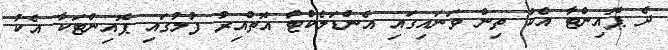
ދެ ޕޮއިންޓާ އެކު ތިން ވަނައިގައި އެންޑަލެކްޓް އޮތްއިރު ފުލުގައި ޕޮއިންޓަކާ އެކު